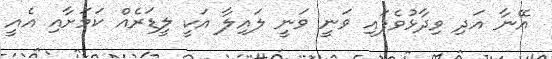
އޭނާ އަދި ވިދާޅުވެފައި ވަނީ ވަނީ ލައިލާ އަކީ ލީޑަރެއް ކަމަށާއި އެއީ